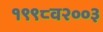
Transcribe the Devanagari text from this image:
१९९८व२००३